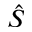
\hat { S }